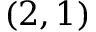
( 2 , 1 )